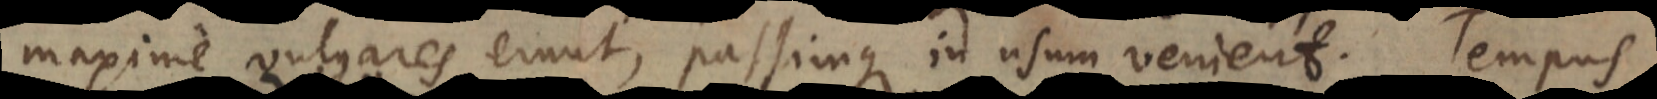
maxime vulgares erunt, passimque in usum venient. Tempus